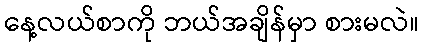
နေ့လယ်စာကို ဘယ်အချိန်မှာ စားမလဲ။